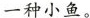
一种小鱼。